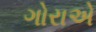
ગોરાએ